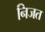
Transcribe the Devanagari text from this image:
निजत